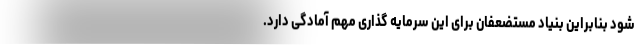
شود بنابراین بنیاد مستضعفان برای این سرمایه گذاری مهم آمادگی دارد.